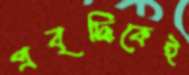
প্রবৃদ্ধিকেই